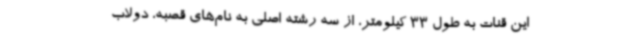
این قنات به طول 33 کیلومتر، از سه رشته اصلی به نام‌های قصبه، دولاب